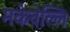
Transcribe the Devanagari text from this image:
मकेवेल्लि